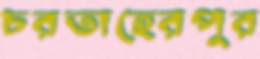
চরতাহেরপুর